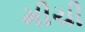
મીચી